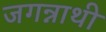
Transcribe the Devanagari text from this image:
जगन्नाथी